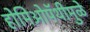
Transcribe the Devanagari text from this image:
होमिओपॅथीमुळे